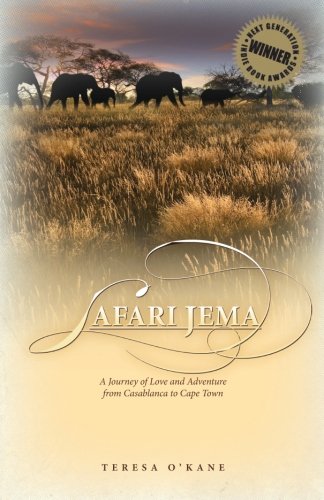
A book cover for Safari Jema: A Journey of Love and Adventure from Casablanca to Cape Town; Teresa O'Kane; Travel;